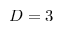
D = 3